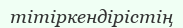
тітіркендірістің